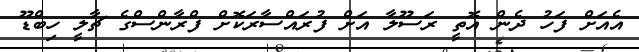
އެއަށް ފަހު ދެން އޮތީ ރަސޫލާ އަށް ފުރައްސާރަކޮށް ފްރާންސްގެ ޗާލީ ހިބްޑޫ